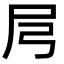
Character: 𡰬